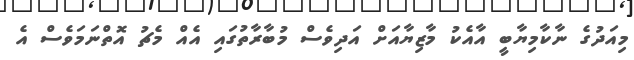
މިއަދުގެ ނާކާމިޔާބީ އާއެކު މާޒިޔާއަށް އަދިވެސް މުބާރާތުގައި އެއް މެޗު އޮތްނަމަވެސް އެ